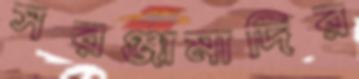
সরঞ্জামাদির